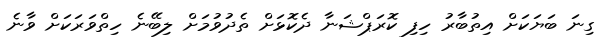
ގިނަ ބަޔަކަށް އިތުބާރު ހިފި ކޮރަޕްޝަނާ ދެކޮޅަށް ތެދުވުމަށް ލިބޭނެ ހިތްވަރަކަށް ވާނެ